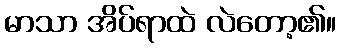
မာသာ အိပ်ရာထဲ လဲတော့၏။